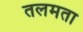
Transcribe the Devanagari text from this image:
तलमता